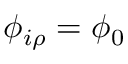
\phi _ { i \rho } = \phi _ { 0 }